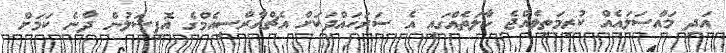
އަދި މައްސަލައެއް ކުރިމަތިވެއްޖެ ހާލަތެއްގައި އެ ސަރަހައްދަކަށް އެޗްއާރްސީއެމްގެ އޮފިޝަލުން ދާނެ ކަމަށް